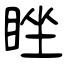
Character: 睉